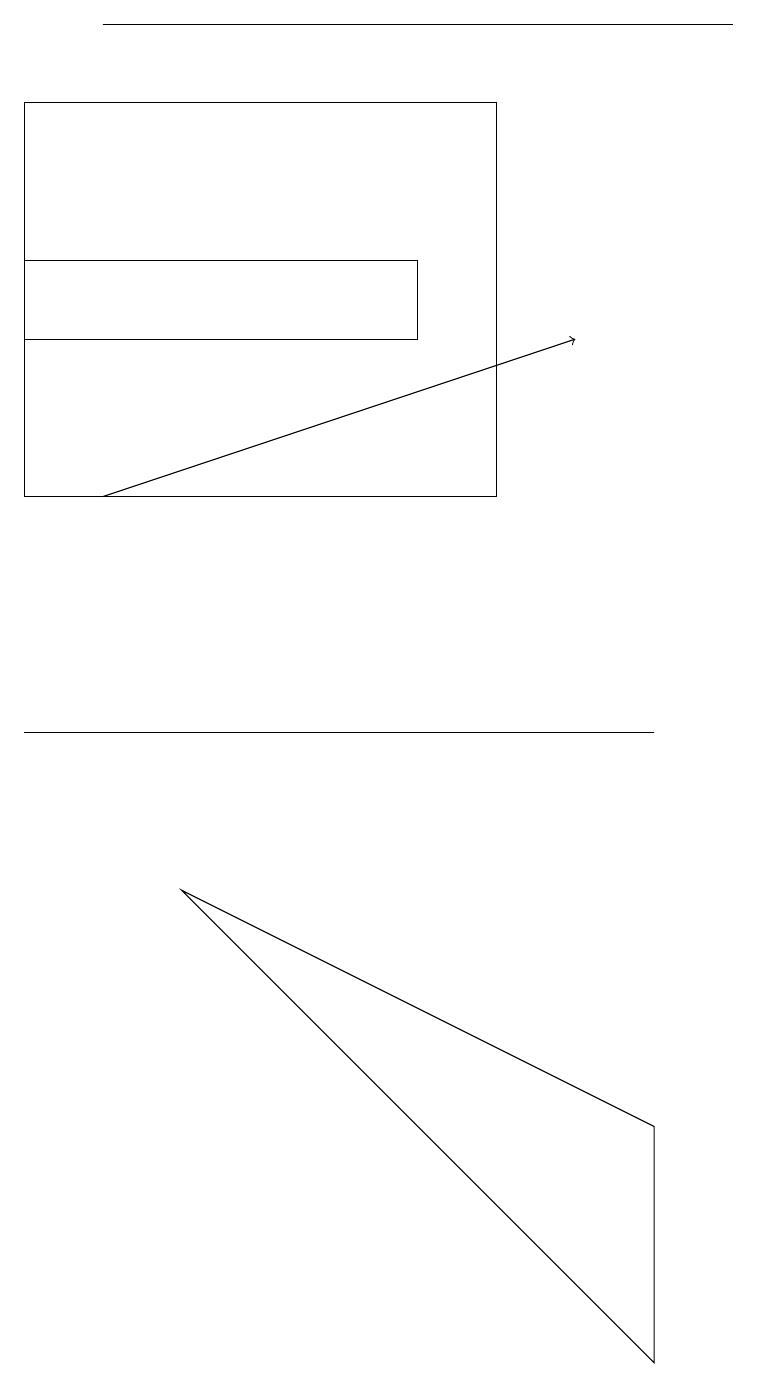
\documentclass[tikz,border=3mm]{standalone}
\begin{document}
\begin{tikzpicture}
\draw[->] (1,12) -- (7,14);
\draw (5,15) rectangle (0,14);
\draw (6,17) rectangle (0,12);
\draw (2,7) -- (8,4) -- (8,1) -- cycle;
\draw (9,18) rectangle (1,18);
\draw (0,9) -- (4,9) -- (8,9) -- cycle;
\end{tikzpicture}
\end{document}